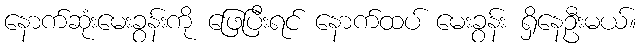
နောက်ဆုံးမေးခွန်းကို ဖြေပြီးရင် နောက်ထပ် မေးခွန်း ရှိနေဦးမယ်။